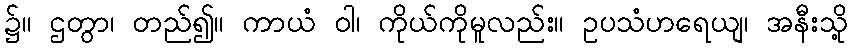
၌။ ဌတွာ၊ တည်၍။ ကာယံ ဝါ၊ ကိုယ်ကိုမူလည်း။ ဥပသံဟရေယျ၊ အနီးသို့